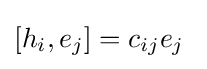
[h_{i},e_{j}]=c_{ij}e_{j}\